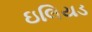
ઇલિયડ